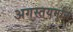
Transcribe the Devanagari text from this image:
अगस्तयमुनि